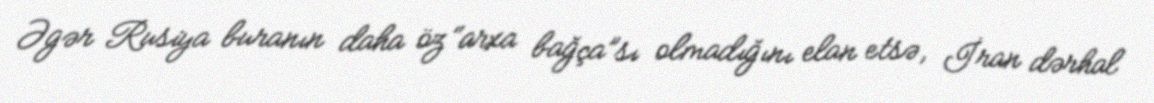
Əgər Rusiya buranın daha öz “arxa bağça”sı olmadığını elan etsə, İran dərhal